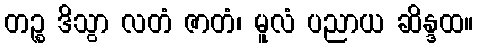
တဉ္စ ဒိသွာ လတံ ဇာတံ၊ မူလံ ပညာယ ဆိန္ဒထ။